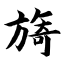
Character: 旖